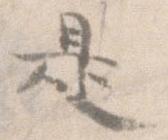
是